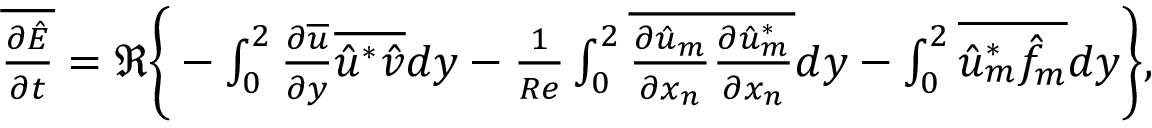
\begin{array} { r } { \overline { { \frac { \partial \hat { E } } { \partial t } } } = \Re \Bigg \{ - \int _ { 0 } ^ { 2 } \frac { \partial \overline { { u } } } { \partial y } \overline { { \hat { u } ^ { * } \hat { v } } } d y - \frac { 1 } { R e } \int _ { 0 } ^ { 2 } \overline { { \frac { \partial \hat { u } _ { m } } { \partial x _ { n } } \frac { \partial \hat { u } _ { m } ^ { * } } { \partial x _ { n } } } } d y - \int _ { 0 } ^ { 2 } \overline { { \hat { u } _ { m } ^ { * } \hat { f } _ { m } } } d y \Bigg \} , } \end{array}